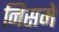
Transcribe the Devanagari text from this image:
निसमें